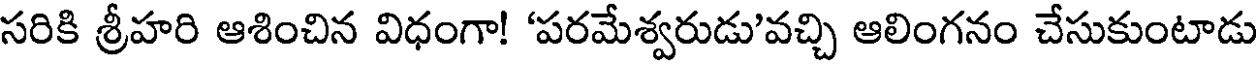
సరికి శ్రీహరి ఆశించిన విధంగా! 'పరమేశ్వరుడు'వచ్చి ఆలింగనం చేసుకుంటాడు